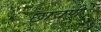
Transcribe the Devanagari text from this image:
छावणे